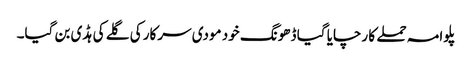
پلوامہ حملے کا رچایا گیا ڈھونگ خود مودی سرکار کی گلے کی ہڈی بن گیا۔